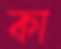
কা